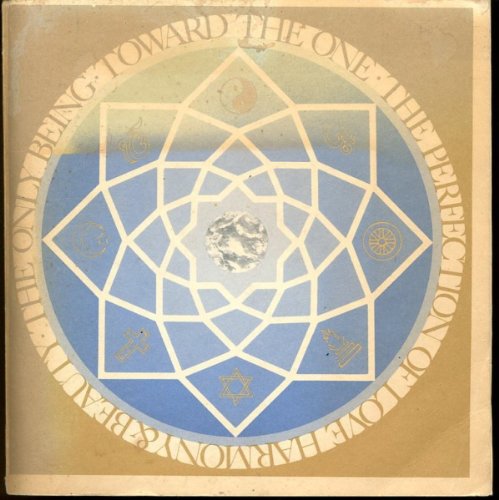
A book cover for Toward The One; Pir Vilayat Inayat Khan; Religion & Spirituality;